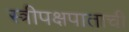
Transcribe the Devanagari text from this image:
स्त्रीपक्षपाताची